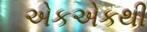
એકએકથી